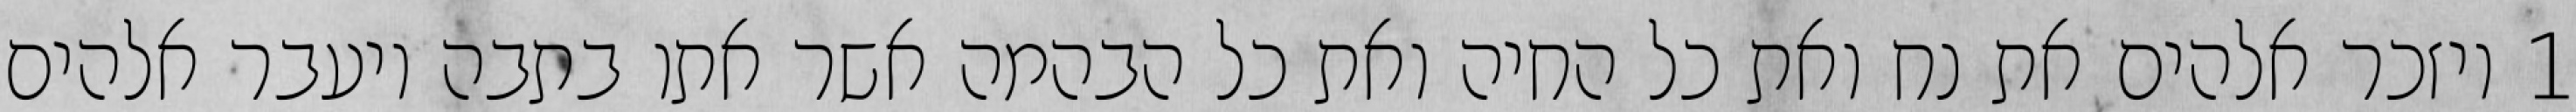
1 ויזכר אלהים את נח ואת כל החיה ואת כל הבהמה אשר אתו בתבה ויעבר אלהים